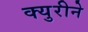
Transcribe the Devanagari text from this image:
क्युरीने